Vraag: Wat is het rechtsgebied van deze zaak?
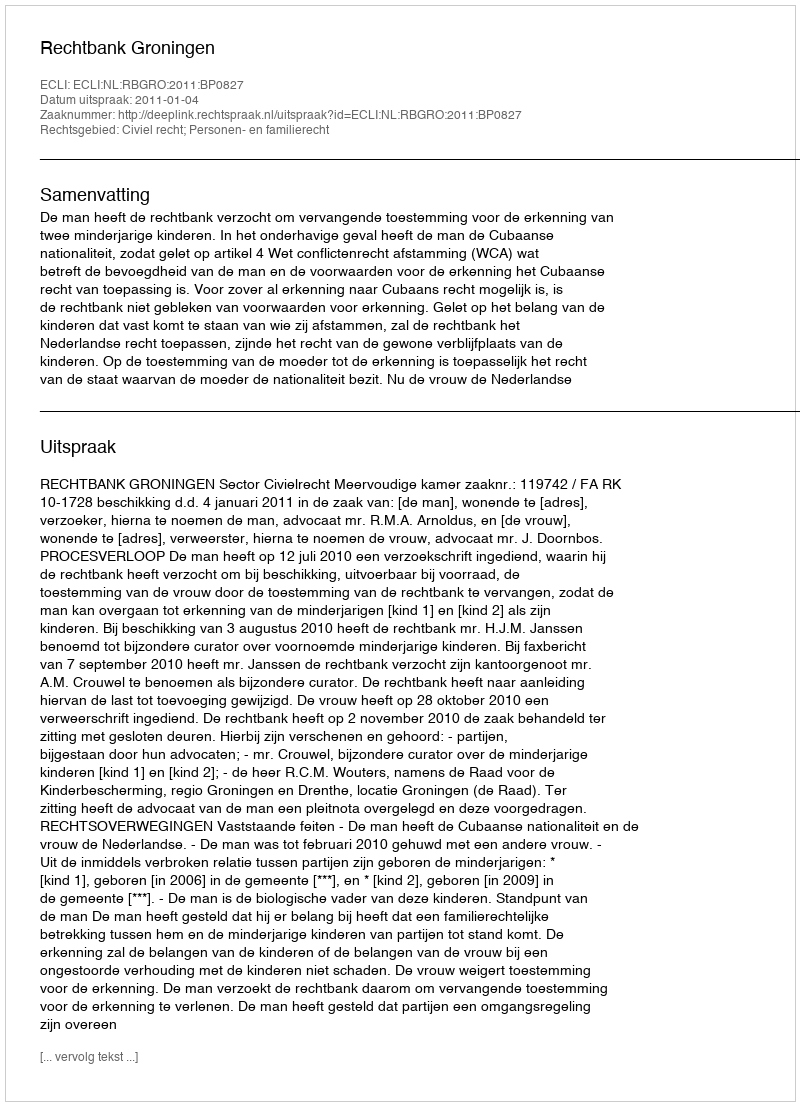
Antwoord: Civiel recht; Personen- en familierecht